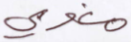
مغوي